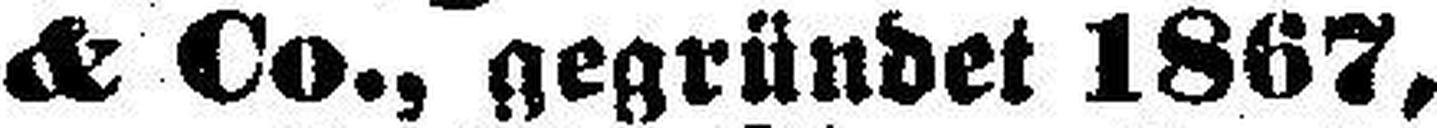
& Co., gegründet 1867,